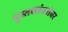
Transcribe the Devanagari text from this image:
पुस्तकांबरोबर